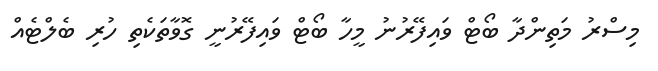
މިސްރު މަތިންދާ ބޯޓް ވައިފޭރުނު މީހާ ބޯޓް ވައިފޭރުނީ ގޮވާތަކެތި ހުރި ބެލްޓެއް